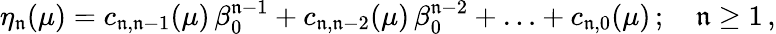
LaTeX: \eta_{\mathfrak{n}}(\mu)=c_{\mathfrak{n},\mathfrak{n}-1}(\mu)\, \beta_{0}^{\mathfrak{n}-1}+c_{\mathfrak{n},\mathfrak{n}-2}(\mu)\, \beta_{0}^{\mathfrak{n}-2}+\ldots+c_{\mathfrak{n},0}(\mu)\, ;\quad\mathfrak{n}\ge1\, ,